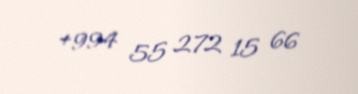
+994 55 272 15 66